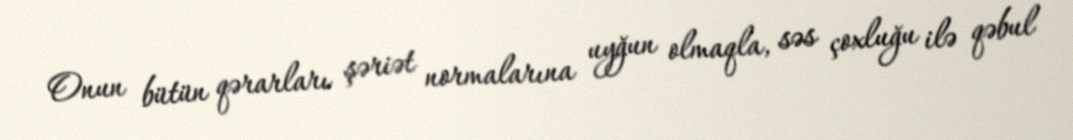
Onun bütün qərarları şəriət normalarına uyğun olmaqla, səs çoxluğu ilə qəbul